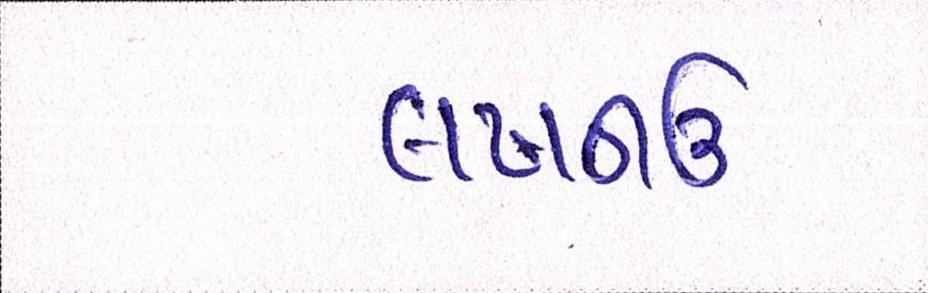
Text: લખનઉ